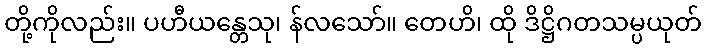
တို့ကိုလည်း။ ပဟီယန္တေသု၊ န်လသော်။ တေဟိ၊ ထို ဒိဋ္ဌိဂတသမ္ပယုတ်